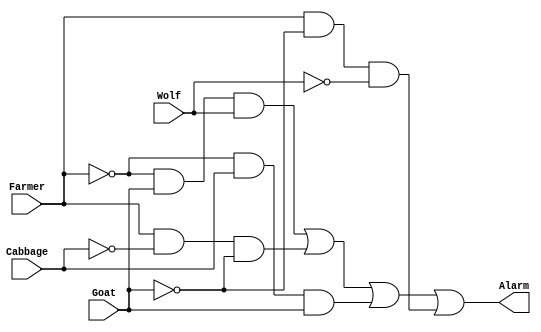
// This program was cloned from: https://github.com/regales/cpre281
// License: Apache License 2.0

module lab3step3 (Alarm, Farmer, Cabbage, Goat, Wolf);
	input Farmer, Cabbage, Goat, Wolf;
	output Alarm;
	
	assign Alarm=(((~Farmer)&Goat&Wolf)|(Farmer&(~Cabbage)&(~Goat))|((~Farmer)&Cabbage&Goat)|(Farmer&(~Goat)&(~Wolf)));
	
endmodule